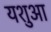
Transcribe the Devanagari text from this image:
यशुआ